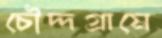
চৌদ্দগ্রামে